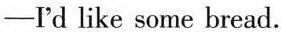
—I'd like some bread.